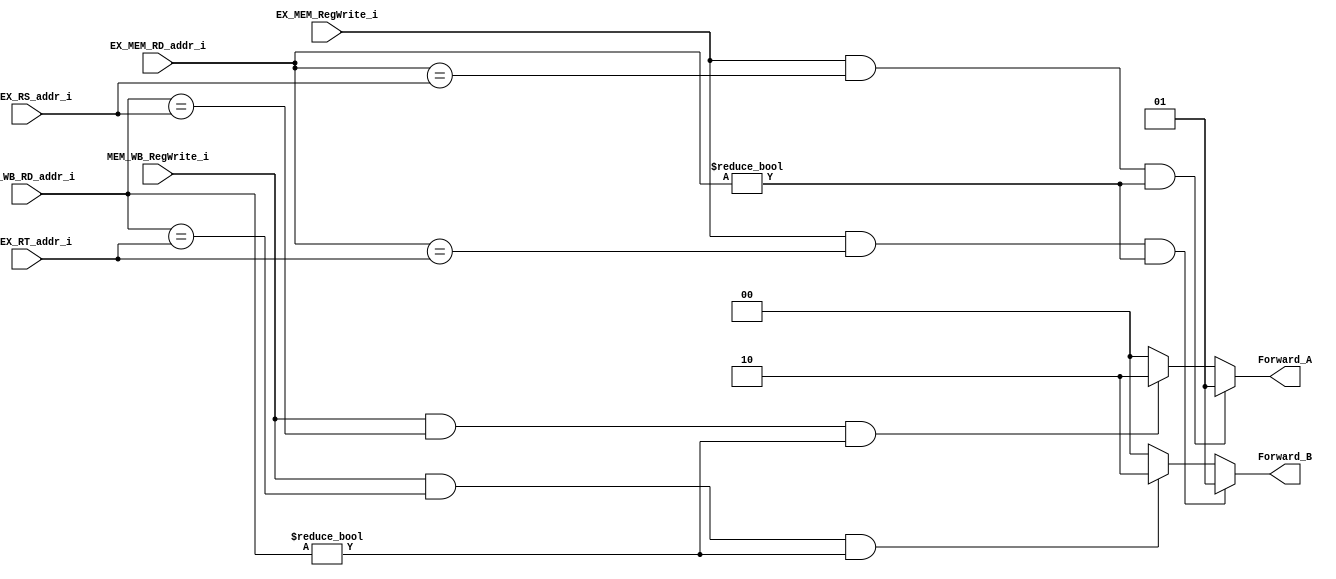
//Subject:     CO project 4 - ForwardUnit
//--------------------------------------------------------------------------------
//Version:     1
//--------------------------------------------------------------------------------
//Writer:
//----------------------------------------------
//Date:
//----------------------------------------------
//Description:
//--------------------------------------------------------------------------------
module ForwardUnit(
    ID_EX_RS_addr_i,
    ID_EX_RT_addr_i,
    EX_MEM_RD_addr_i,
    EX_MEM_RegWrite_i,
    MEM_WB_RD_addr_i,
    MEM_WB_RegWrite_i,
    Forward_A,
    Forward_B
	);

//I/O ports
input  [5-1:0]    ID_EX_RS_addr_i;
input  [5-1:0]    ID_EX_RT_addr_i;
input  [5-1:0]    EX_MEM_RD_addr_i;
input             EX_MEM_RegWrite_i;
input  [5-1:0]    MEM_WB_RD_addr_i;
input             MEM_WB_RegWrite_i;
output [2-1:0]    Forward_A;
output [2-1:0]    Forward_B;

//Internal signals
wire   [2-1:0]    Forward_A;
wire   [2-1:0]    Forward_B;

assign Forward_A = (EX_MEM_RegWrite_i & (EX_MEM_RD_addr_i == ID_EX_RS_addr_i) & (EX_MEM_RD_addr_i != 0)) ? 2'b01 : (MEM_WB_RegWrite_i & (MEM_WB_RD_addr_i == ID_EX_RS_addr_i) & (MEM_WB_RD_addr_i != 0) ? 2'b10 : 2'b00);
assign Forward_B = (EX_MEM_RegWrite_i & (EX_MEM_RD_addr_i == ID_EX_RT_addr_i) & (EX_MEM_RD_addr_i != 0)) ? 2'b01 : (MEM_WB_RegWrite_i & (MEM_WB_RD_addr_i == ID_EX_RT_addr_i) & (MEM_WB_RD_addr_i != 0) ? 2'b10 : 2'b00);

endmodule